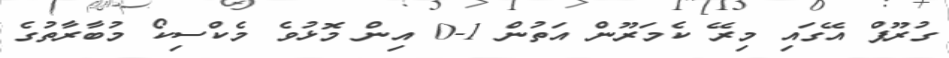
ގުރޫޕް އޭގައި މިރޭ ކެމަރޫން އަތުން 1-0 އިން މޮޅުވެ މެކްސިކޯ މުބާރާތުގެ